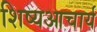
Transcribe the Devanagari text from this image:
शिष्यआचार्य